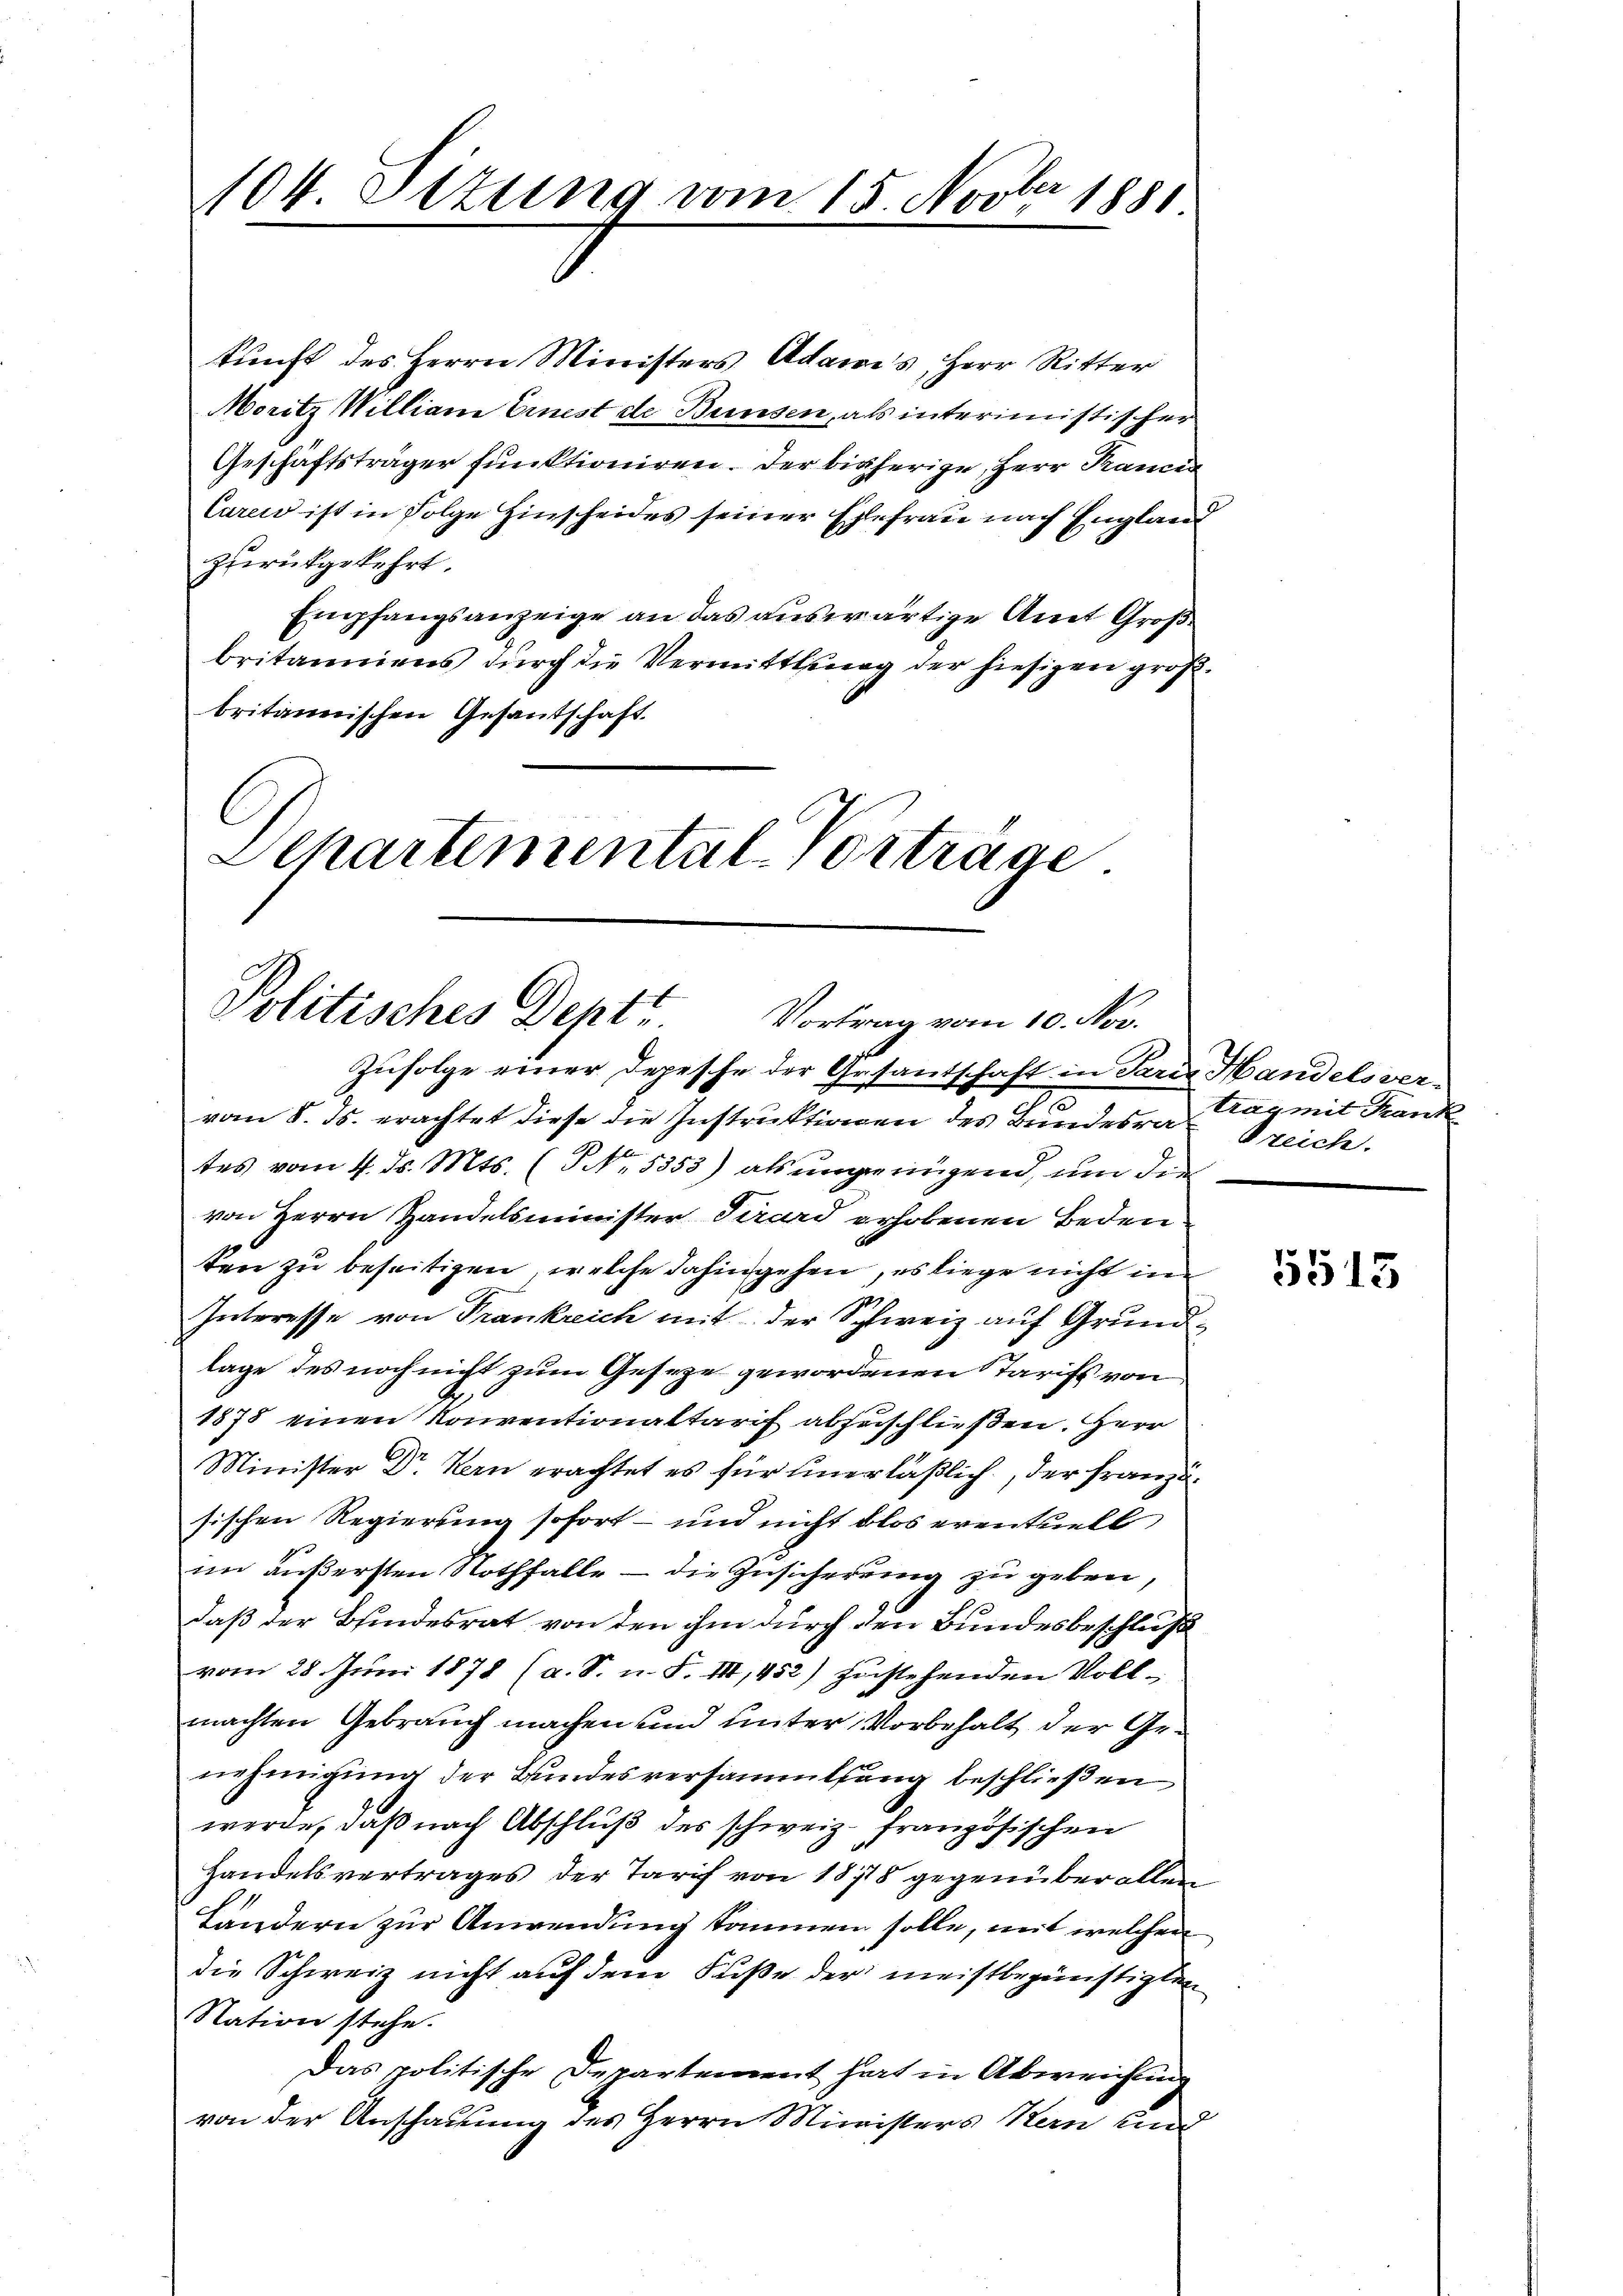
kunft des Herrn Ministers Adams, Herr Ritter
Moritz Willian Einest de Bunsen, als interimistischer
Geschäftsträger funktioniren. Der bisherige, Herr Pranci
Curen ist in Folge Hinscheides seiner Ehefrau nach England
zurückgekehrt.
Empfangsanzeige an das auswärtige Amt Großbritanniens durch die Vermittlung der hiesigen großbritannischen Gesandschaft.

104. Ottung vom 15. Novber 1881

Separtemental-Vortrage.
Politisches Dehtt
Vortrag vom 10. Nov.

Zufolge einer Depesche der Gesandschaft in Parer Handelsvere
vom 8. ds. erachtet diese die Instruktionen des Bundesrat reich.
tes vom 4. ds. Mts. (NNo. 5353) als ungenügend, um den
von Herrn Handelsminister Tirard erhobenen Bedeuten zu beseitigen, welche dahingehen, es liege nicht in
Interesse von Trankreich mit der Schweiz auf Grundlage des noch nicht zum Geseze gewordenen Tarifs von
1878 einen Konventionaltarif abzuschließen. Herr
Minister Dr. Kern erachtet es für unerläßlich, der Französischen Regierung sofort – und nicht blos eventuell,
im äußersten Nothfalle – die Zusicherung zu geben,
daß der Bindesrat von den ihm durch den Bundesbeschluß
vom 28. Juni 1878 (a. S. n. F. III, 452) zustehenden Vollmachten Gebrauch machen und unter Vorbehalt der Genehmigung der Bundesversammlung beschließen
werde, daß nach Abschluß des schweiz. französischen
Handelsvertrages der Tarif von 18118 gegenüber allen
Ländern zur Anwendung kommen solle, mit welchen
die Schweiz nicht auf dem Fuße der meistbegünstigten
Nation stehe.
Das politische Departement hat in Abweichtung
von der Anschauung des Herrn Ministers Kern und

trag mit Frank

5515